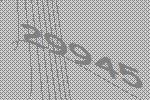
29945